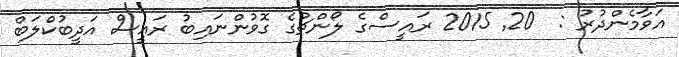
އަވާމެންދުރު :  20